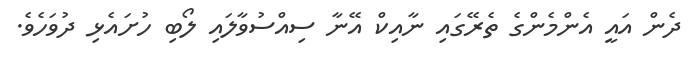
ދެން އައީ އެންމެންގެ ތެރޭގައި ނާއިކް އޭނާ ސިއްސުވާލައި ލޯބި ހުށައެޅި ދުވަހެވެ.